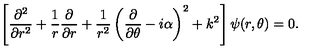
\left[ { \frac { \partial ^ { 2 } } { \partial r ^ { 2 } } } + { \frac { 1 } { r } } { \frac { \partial } { \partial r } } + { \frac { 1 } { r ^ { 2 } } } \left( { \frac { \partial } { \partial \theta } } - i \alpha \right) ^ { 2 } + k ^ { 2 } \right] \psi ( r , \theta ) = 0 .